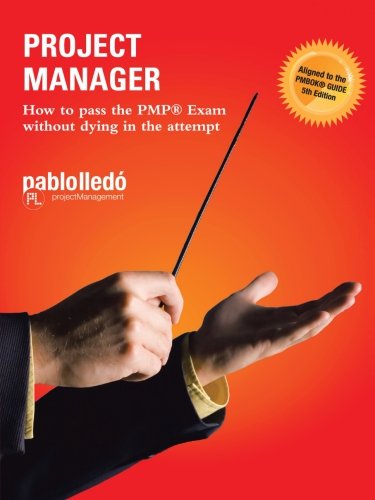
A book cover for Project Manager: How to Pass the PMP Exam Without Dying in the Attempt; Paul Leido; Test Preparation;